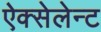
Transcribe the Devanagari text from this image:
ऐक्सेलेन्ट